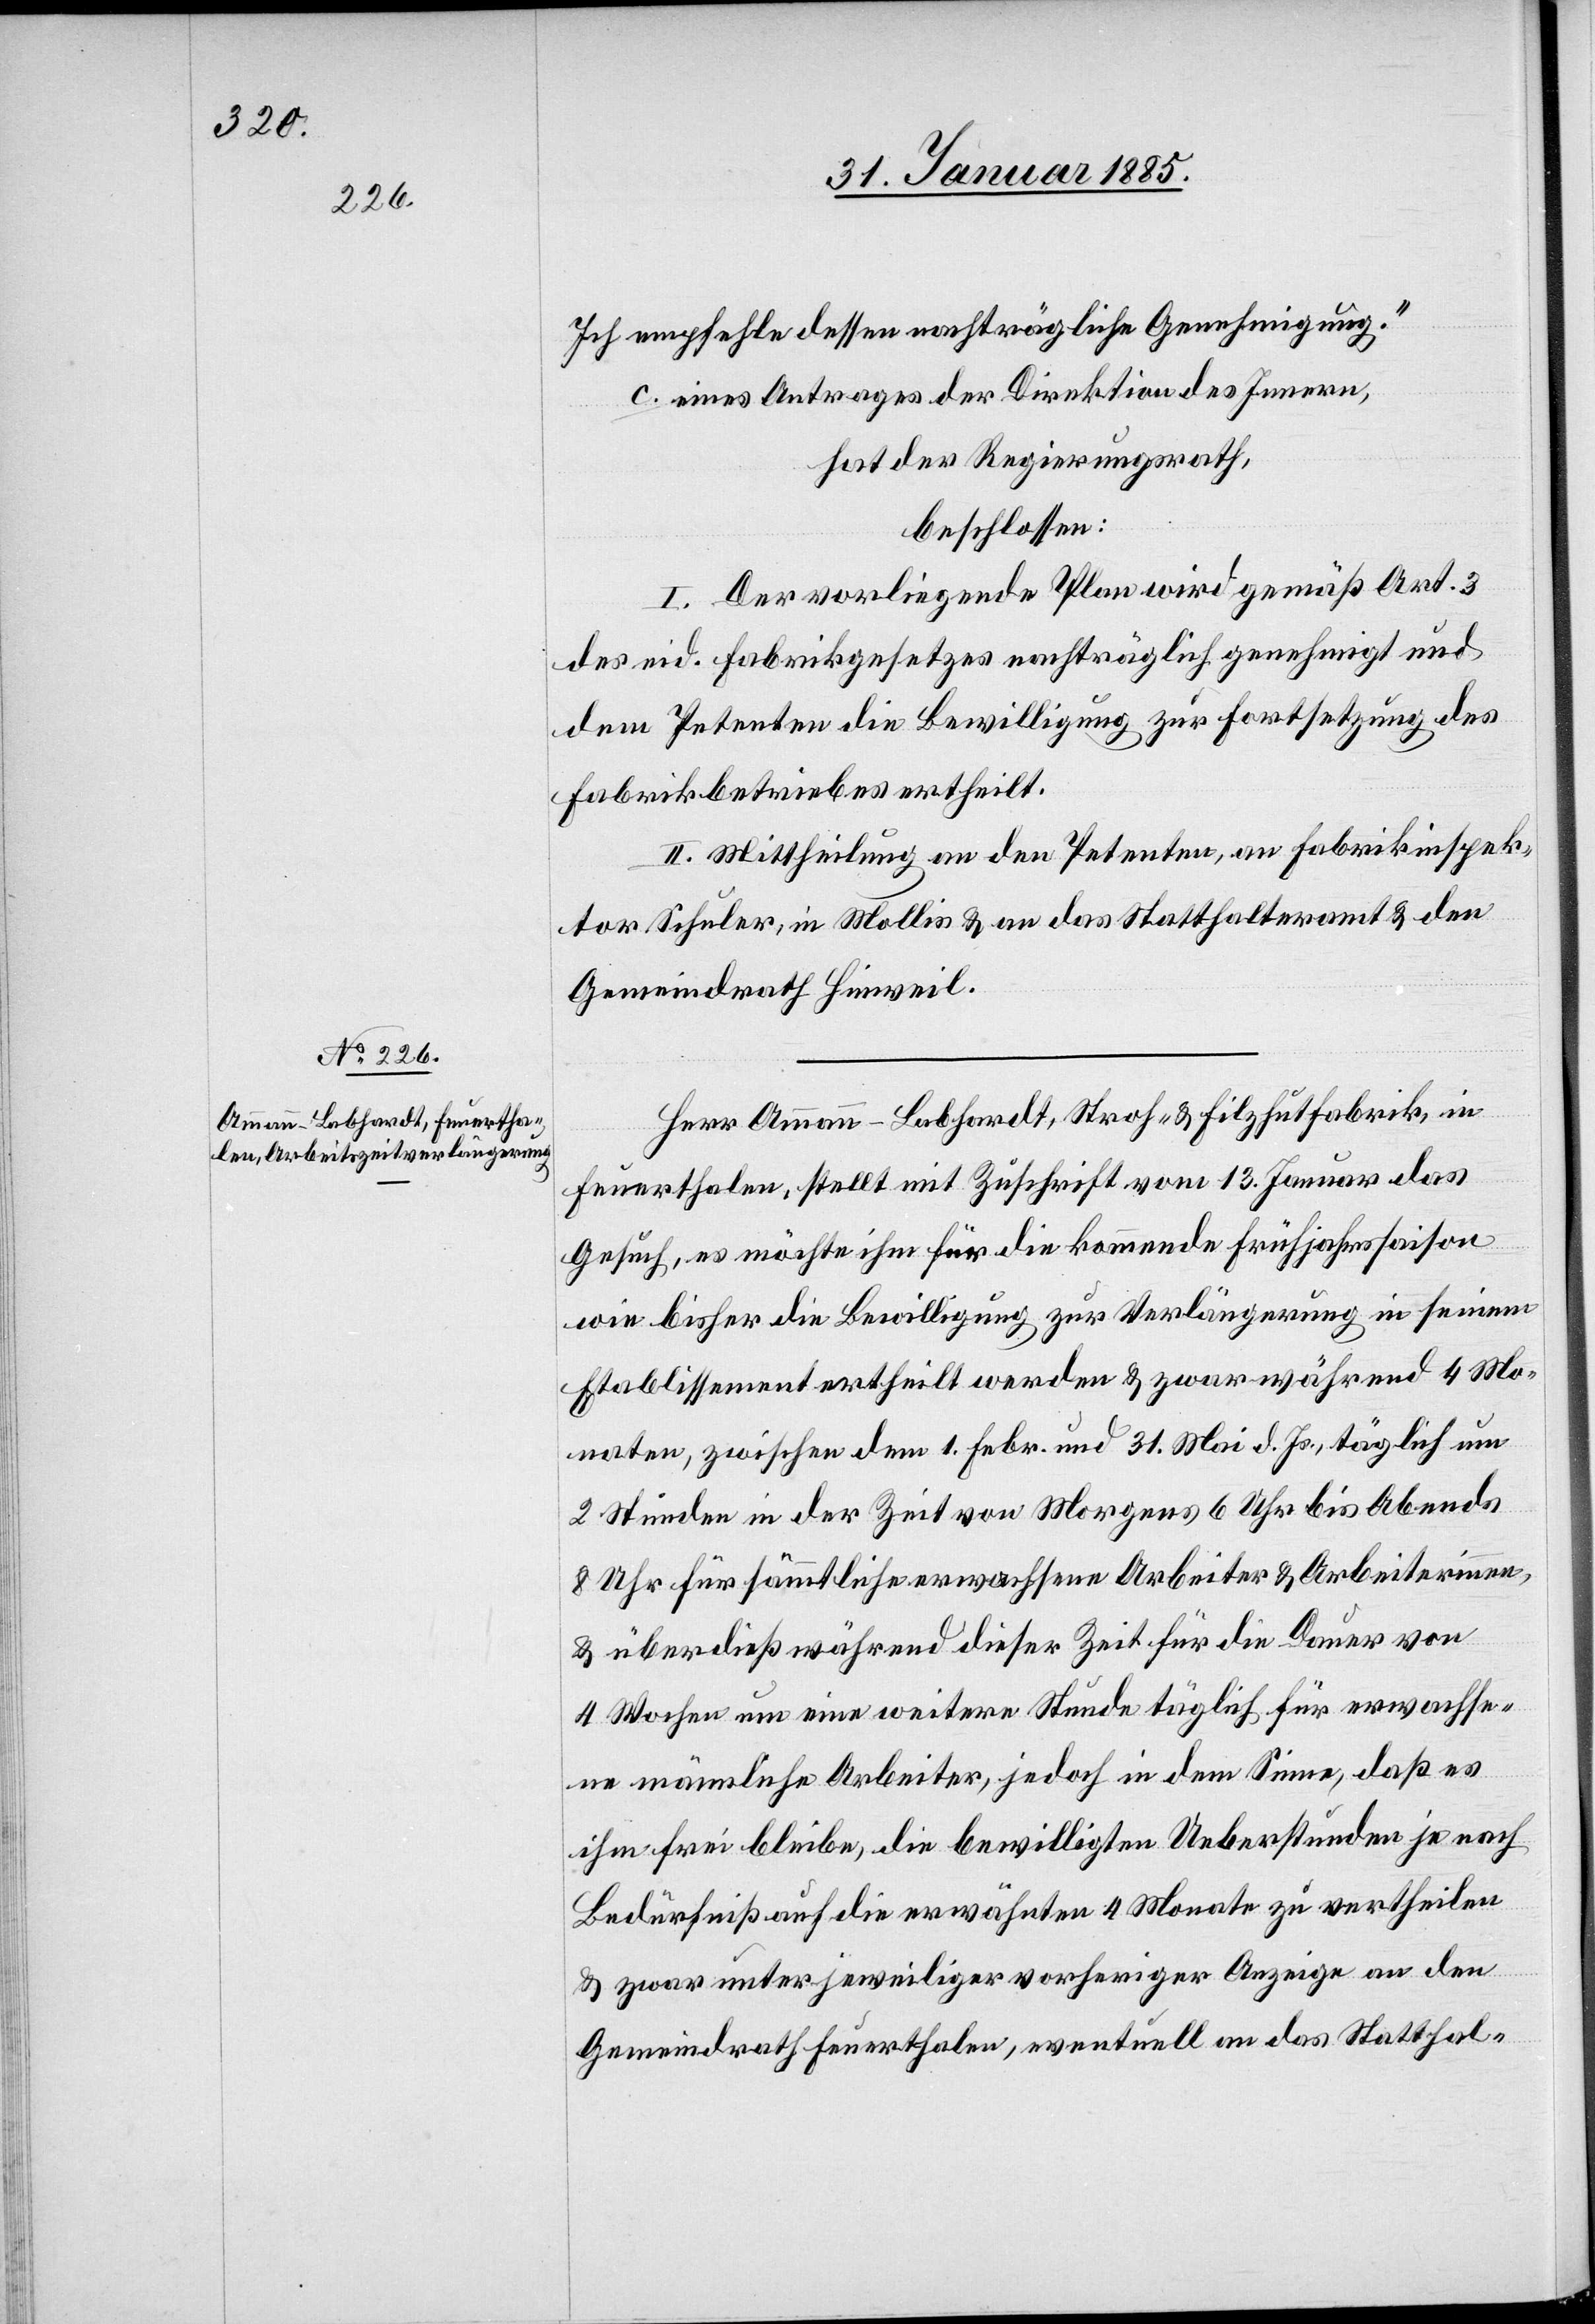
Ich empfehle dessen nachträgliche Genehmigung.“
c. eines Antrages der Direktion des Innern,
hat der Regierungsrath,
beschlossen:
I. Der vorliegende Plan wird gemäß Art. 3
des eid. Fabrikgesetzes nachträglich genehmigt und
dem Petenten die Bewilligung zur Fortsetzung des
Fabrikbetriebes ertheilt.
II. Mittheilung an den Petenten, an Fabrikinspek¬
tor Schuler, in Mollis & an das Statthalteramt & den
Gemeindrath Hinweil.
Herr Ammann-Labhardt, Stroh- & Filzhutfabrik, in
Feuerthalen, stellt mit Zuschrift vom 13. Januar das
Gesuch, es möchte ihm für die kommende Frühjahrssaison
wie bisher die Bewilligung zur Verlängerung in seinem
Etablissement ertheilt werden & zwar während 4 Mo¬
naten, zwischen dem 1. Febr. und 31. Mai d. Js., täglich um
2 Stunden in der Zeit von Morgens 6 Uhr bis Abends
8 Uhr für sämmtliche erwachsenen Arbeiter & Arbeiterinnen,
& überdieß während dieser Zeit für die Dauer von
4 Wochen um eine weitere Stunde täglich für erwachse¬
ne männliche Arbeiter, jedoch in dem Sinne, das es
ihm frei bleibe, die bewilligten Ueberstunden je nach
Bedürfniß auf die erwähnten 4 Monate zu vertheilen
& zwar unter jeweiliger vorherige Anzeige an den
Gemeindrath Feuerthalen, eventuell an das Statthal-